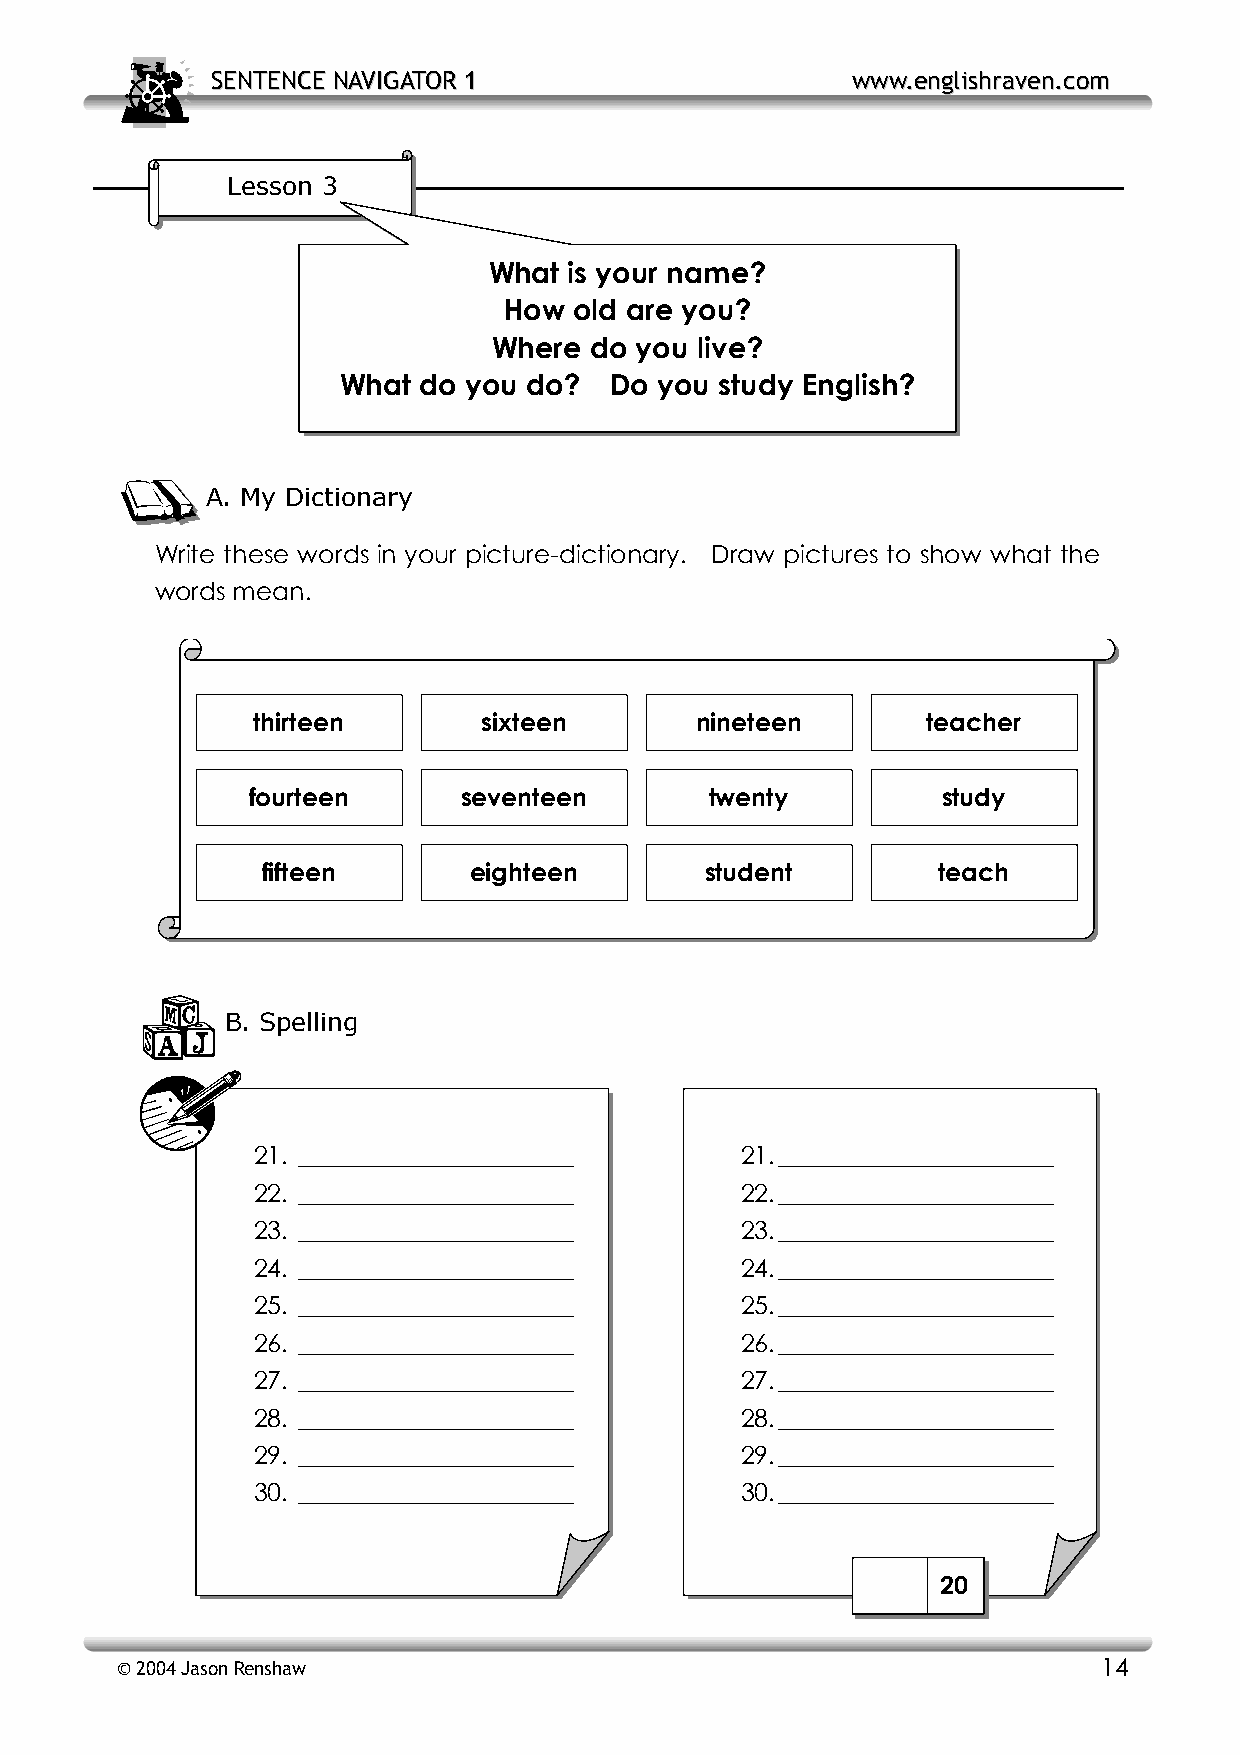
SSEENNTTEENNCCEE NNAAVVIIGGAATTOORR 11    wwwwww..eenngglliisshhrraavveenn..ccoomm
 Lesson 3
 What  is your name?
 How  old are you?
 Where do you live?
 What do you do?  Do  you study English?
 A. My Dictionary
 Write these words in your picture-dictionary. Draw pictures to show what the
 words mean.
 thirteen       sixteen       nineteen       teacher
 fourteen      seventeen        twenty         study
 fifteen       eighteen        student        teach
 B. Spelling
 21. ______________________      21. ______________________
 22. ______________________      22. ______________________
 23. ______________________      23. ______________________
 24. ______________________      24. ______________________
 25. ______________________      25. ______________________
 26. ______________________      26. ______________________
 27. ______________________      27. ______________________
 28. ______________________      28. ______________________
 29. ______________________      29. ______________________
 30. ______________________      30. ______________________
 20
 © 2004 Jason Renshaw                                             14